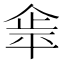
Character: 𰂝